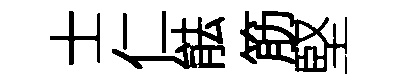
士仁䏻筋堅